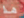
هذا